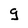
Character: g